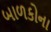
બાળકોના